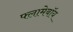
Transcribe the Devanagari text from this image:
फ्लामेबॉय